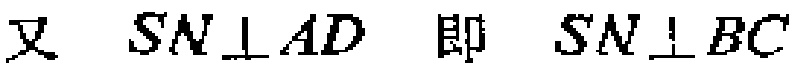
又 \(SN\perp AD\) 即 \(SN\perp BC\)